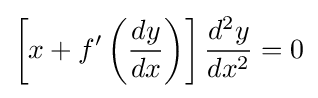
\left[x+f'\left({\frac {dy}{dx}}\right)\right]{\frac {d^{2}y}{dx^{2}}}=0